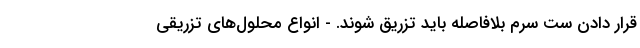
قرار دادن ست سرم بلافاصله باید تزریق شوند. - انواع محلول‌های تزریقی